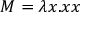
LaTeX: M = \lambda x . x x